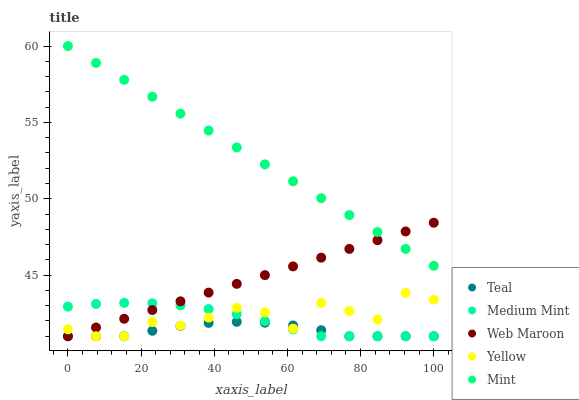
| xaxis_label | Teal | Medium Mint | Web Maroon | Yellow | Mint |
 | --- | --- | --- | --- | --- | --- |
 | 0 | 41 | 42.9 | 41 | 41.5 | 60 |
 | 7.69 | 41 | 43.1 | 41.6 | 41 | 58.9 |
 | 15.4 | 41 | 43.2 | 42.1 | 41 | 57.8 |
 | 23.1 | 41.4 | 43.2 | 42.7 | 41.9 | 56.7 |
 | 30.8 | 41.7 | 43 | 43.3 | 41.7 | 55.6 |
 | 38.5 | 41.9 | 42.8 | 43.9 | 42.2 | 54.5 |
 | 46.2 | 41.9 | 42.4 | 44.4 | 42.9 | 53.4 |
 | 53.8 | 41.9 | 42 | 45 | 42.6 | 52.3 |
 | 61.5 | 41.7 | 41.4 | 45.6 | 41.5 | 51.1 |
 | 69.2 | 41.4 | 41 | 46.1 | 43.2 | 50 |
 | 76.9 | 41 | 41 | 46.7 | 42.7 | 48.9 |
 | 84.6 | 41 | 41 | 47.3 | 42.1 | 47.8 |
 | 92.3 | 41 | 41 | 47.9 | 43.8 | 46.7 |
 | 100 | 41 | 41 | 48.4 | 43.4 | 45.6 |